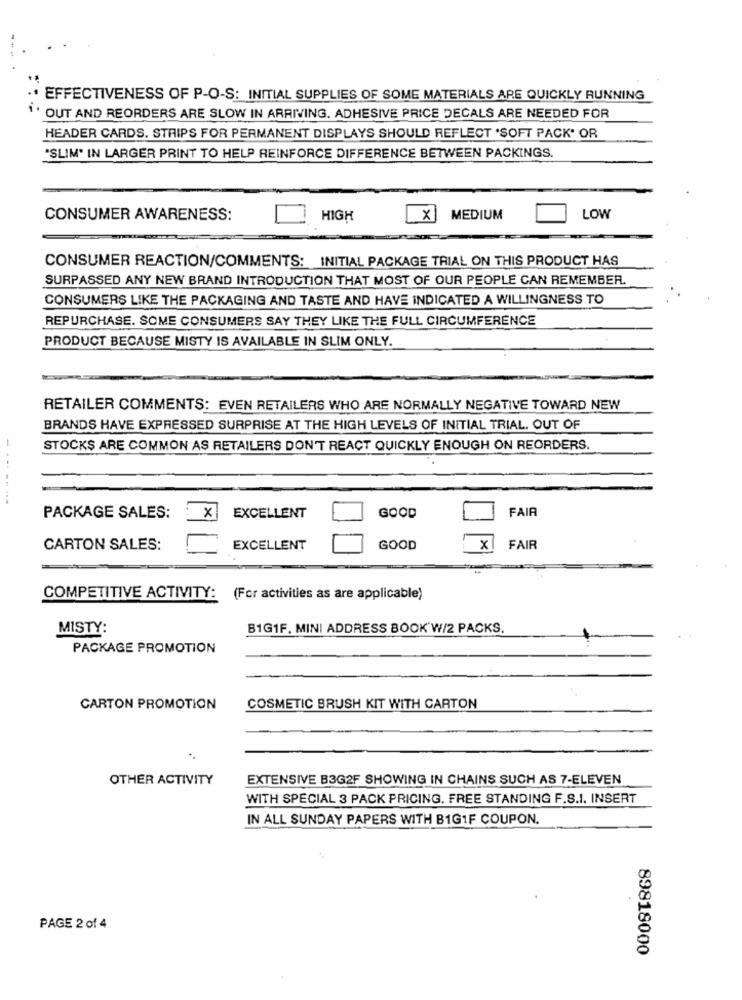
.. EFFECTIVENESS OF P-O-S: INITIAL SUPPLIES OF SOME MATERIALS ARE QUICKLY RUNNING
' OUT AND REORDERS ARE SLOW IN ARRIVING. ADHESIVE PRICE DECALS ARE NEEDED FOR
HEADER CARDS. STRIPS FOR PERMANENT DISPLAYS SHOULD REFLECT 'SOFT PACK' OR
"SLIM" IN LARGER PRINT TO HELP REINFORCE DIFFERENCE BETWEEN PACKINGS.
CONSUMER AWARENESS:
HIGH
X
MEDIUM
LOW
CONSUMER REACTION/COMMENTS: INITIAL PACKAGE TRIAL ON THIS PRODUCT HAS
SURPASSED ANY NEW BRAND INTRODUCTION THAT MOST OF OUR PEOPLE CAN REMEMBER.
CONSUMERS LIKE THE PACKAGING AND TASTE AND HAVE INDICATED A WILLINGNESS TO
REPURCHASE. SOME CONSUMERS SAY THEY LIKE THE FULL CIRCUMFERENCE
PRODUCT BECAUSE MISTY IS AVAILABLE IN SLIM ONLY.
RETAILER COMMENTS: EVEN RETAILERS WHO ARE NORMALLY NEGATIVE TOWARD NEW
BRANDS HAVE EXPRESSED SURPRISE AT THE HIGH LEVELS OF INITIAL TRIAL. OUT OF
-
STOCKS ARE COMMON AS RETAILERS DON'T REACT QUICKLY ENOUGH ON REORDERS.
-- ----
FAIR
PACKAGE SALES:
X
EXCELLENT
GOOD
CARTON SALES:
EXCELLENT
GOOD
x
FAIR
COMPETITIVE ACTIVITY: (For activities as are applicable)
MISTY:
B1G1F. MINI ADDRESS BOOK W/2 PACKS.
PACKAGE PROMOTION
CARTON PROMOTION
COSMETIC BRUSH KIT WITH CARTON
OTHER ACTIVITY
EXTENSIVE B3G2F SHOWING IN CHAINS SUCH AS 7-ELEVEN
WITH SPECIAL 3 PACK PRICING. FREE STANDING F.S.I. INSERT
IN ALL SUNDAY PAPERS WITH BIG1F COUPON.
PAGE 2 of 4
89818000